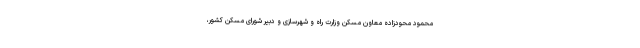
محمود محودزاده معاون مسکن وزارت راه و شهرسازی و دبیر شورای مسکن کشور،